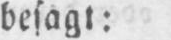
besagt: